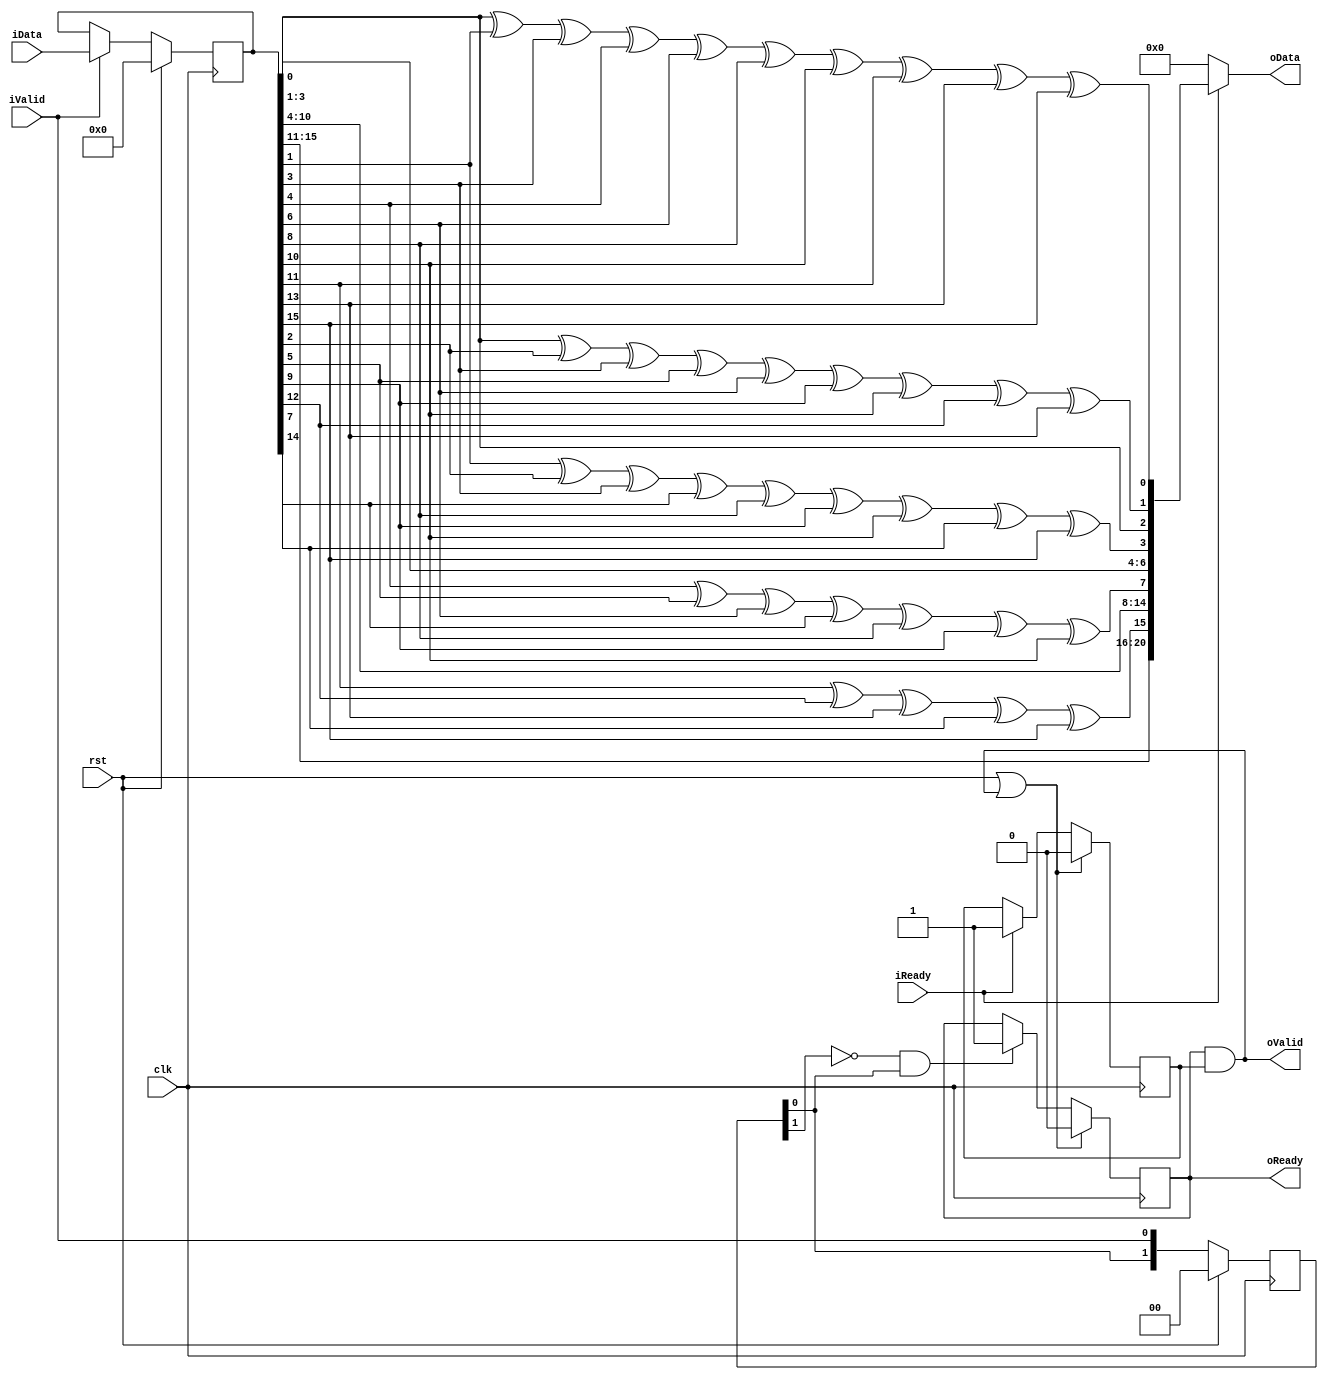
module HammingEnc(
	input clk,
	input rst,
	input [15:0] iData,
	input iValid,//     
	output oReady,
	output [20:0] oData,
	output oValid,//    
	input iReady
);
reg [15:0] bufData;
reg [20:0] oBufData;
reg        oBufReady;
reg [1:0] syncValid;
reg [1:0] syncReady;

wire dtctValid = !syncValid[1]&syncValid[0];

reg loc;

always @ (posedge clk) begin
	if(rst || oValid)
		loc <= 0;
	else if (iReady)//   iReady 
		loc <= 1;
end

always @ (posedge clk) begin
	oBufReady <= (rst || (oBufReady && loc)) ? 1'b0 : (dtctValid ? 1'b1 : oBufReady);
end

assign oReady = oBufReady;
assign oValid = oReady && loc;

always@(posedge clk) begin
	if(rst) begin
		syncValid <= 2'b0;
		syncReady <= 2'b0;
	end else begin
		syncValid <= {syncValid[0], iValid};
		syncReady <= {syncReady[0], iReady};
	end	
end

always@(posedge clk) begin
	if(rst) 
		bufData <= 16'd0;
	else if(iValid) 
		bufData <= iData;
end

always@(*) begin
	oBufData[0] = bufData[0] ^ bufData[1] ^ bufData[3] ^ bufData[4] ^ bufData[6] ^ bufData[8] ^ bufData[10] ^ bufData[11] ^ bufData[13] ^ bufData[15];
	oBufData[1] = bufData[0] ^ bufData[2] ^ bufData[3] ^ bufData[5] ^ bufData[6] ^ bufData[9] ^ bufData[10] ^ bufData [12] ^ bufData[13];
	oBufData[2] = bufData[0];
	oBufData[3] = bufData[1] ^ bufData[2] ^ bufData[3] ^ bufData[7] ^ bufData[8] ^ bufData[9] ^ bufData[10] ^ bufData[14] ^ bufData[15];
	oBufData[6:4] = bufData[3:1];
	oBufData[7] = bufData[4] ^ bufData[5] ^ bufData[6] ^ bufData[7] ^ bufData[8] ^ bufData[9] ^ bufData[10];
	oBufData[14:8] = bufData[10:4];
	oBufData[15] = bufData[11] ^ bufData[12] ^ bufData[13] ^ bufData[14] ^ bufData[15];
	oBufData[20:16] = bufData[15:11];
end

assign oData  = (iReady) ? oBufData : 21'd0;
endmodule